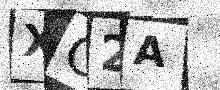
Text: XC2A